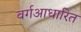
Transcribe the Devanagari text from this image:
वर्गआधारित